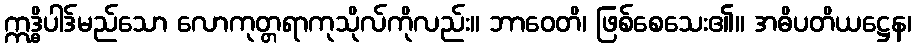
ဣဒ္ဓိပါဒ်မည်သော လောကုတ္တရာကုသိုလ်ကိုလည်း။ ဘာဝေတိ၊ ဖြစ်စေသေး၏။ အဓိပတိယဋ္ဌေန၊